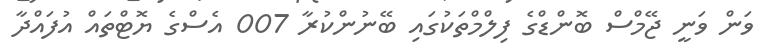
ވަން ވަނީ ޖޭމްސް ބޮންޑްގެ ފިލްމްތަކުގައި ބޭނުންކުރާ 007 އެސްގެ ޔޮޓްތައް އުފައްދާ